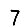
Digit: 7